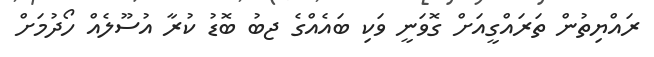
ރައްޔިތުން ތަރައްގީއަށް ގޮވަނީ ވަކި ބައެއްގެ ޖބު ބޮޑު ކުރާ އުސޫލެއް ހޯދުމަށް